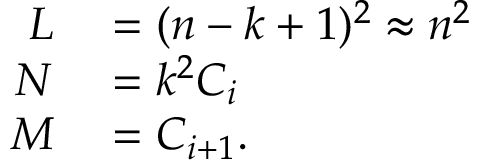
\begin{array} { r l } { L } & { { } = ( n - k + 1 ) ^ { 2 } \approx n ^ { 2 } } \\ { N } & { { } = k ^ { 2 } C _ { i } } \\ { M } & { { } = C _ { i + 1 } . } \end{array}